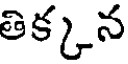
తిక్కన